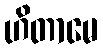
ဟိတာမေ